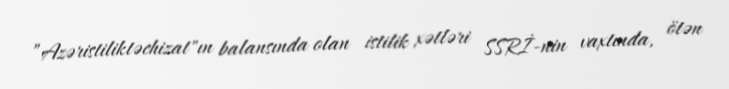
”Azəristiliktəchizat"ın balansında olan istilik xətləri SSRİ-nin vaxtında, ötən